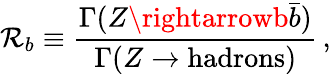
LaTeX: \mathcal{R}_{b}\equiv\frac{{\Gamma(Z\rightarrowb\bar{{b}})}}{{\Gamma(Z\rightarrow\mathrm{{hadrons}})}}\, ,